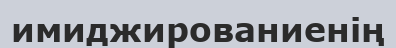
имиджированиенің